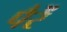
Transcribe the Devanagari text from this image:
पैरें